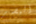
البصر